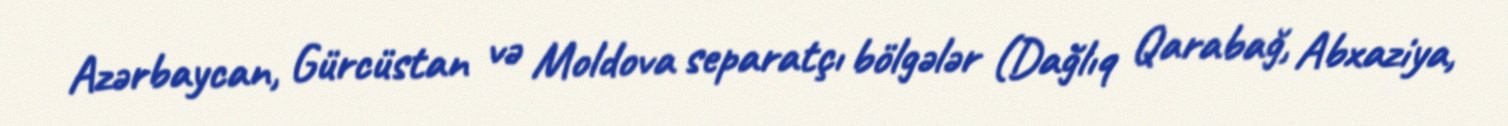
Azərbaycan, Gürcüstan və Moldova separatçı bölgələr (Dağlıq Qarabağ, Abxaziya,